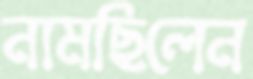
নামছিলেন